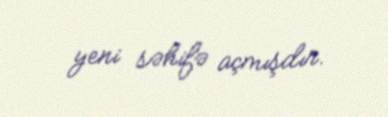
yeni səhifə açmışdır.